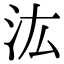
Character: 汯